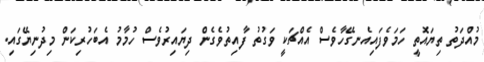
މުއްދަތު ތިޔައޮތީ ހަމަވެފައިއެނގޭހާވެސް އެއްޗަކީ ވަގުތު ފާއިތުވެގެން ދިޔައިރުވެސް ހުމާމު އެބަހުރިކަން މިދުނިޔޭގައި.